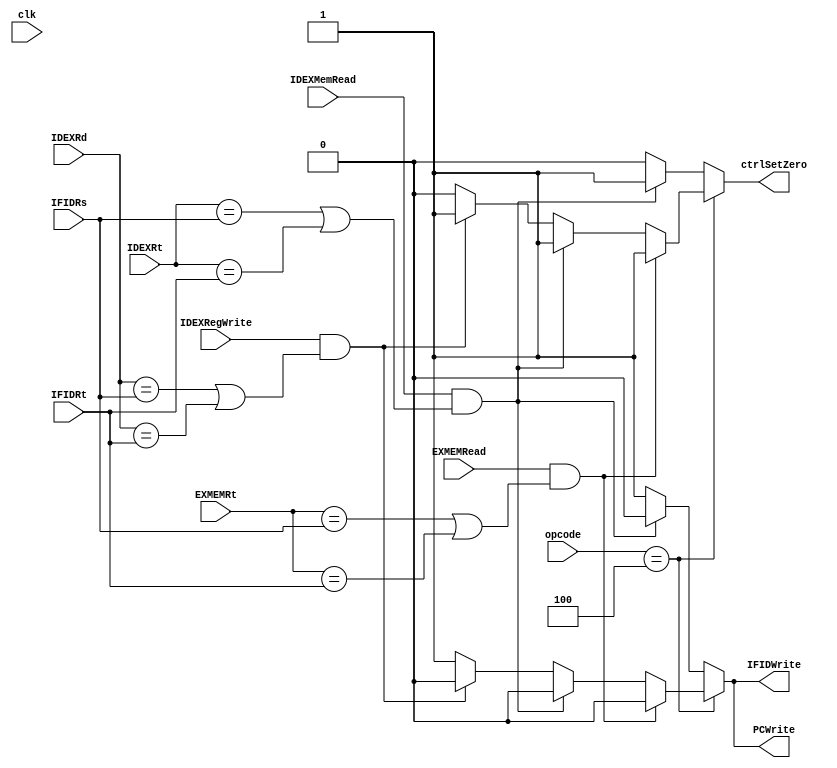
module HazardCheckUnit(IDEXMemRead,IDEXRt,IFIDRs,IFIDRt,PCWrite,IFIDWrite,ctrlSetZero,IDEXRd,IDEXRegWrite,opcode,EXMEMRead,EXMEMRt,clk);
	input[4:0] IDEXRt,IFIDRt,IFIDRs,IDEXRd,EXMEMRt;
	input IDEXMemRead,IDEXRegWrite,EXMEMRead;
	input[5:0] opcode;
	input clk;
	output PCWrite,IFIDWrite,ctrlSetZero;
	reg PCWrite,IFIDWrite,ctrlSetZero;

	initial
	begin
		PCWrite<=1;
		IFIDWrite<=1;
		ctrlSetZero<=0;
	end
	always @(opcode or IDEXMemRead or IDEXRt or IFIDRs or IFIDRt or IDEXRd or IDEXRegWrite or  clk) begin
		if(opcode==6'b000100)begin
			if(IDEXMemRead && ((IDEXRt==IFIDRs) || (IDEXRt==IFIDRt))) begin//beq,lw,stall 2 clks
				PCWrite<=0;
				IFIDWrite<=0;
				ctrlSetZero<=1;
			end
			else if(IDEXRegWrite && ((IDEXRd==IFIDRs) || (IDEXRd==IFIDRt)))begin//beq,R,stall 1 clk
				PCWrite<=0;
				IFIDWrite<=0;
				ctrlSetZero<=1;
			end
			else begin
				PCWrite<=1;
				IFIDWrite<=1;
				ctrlSetZero<=0;
			end
			if(EXMEMRead && ((EXMEMRt==IFIDRs) || (EXMEMRt==IFIDRt)))begin
				PCWrite<=0;
				IFIDWrite<=0;
				ctrlSetZero<=1;
			end
		end
		else begin
			if(IDEXMemRead && ((IDEXRt==IFIDRs) || (IDEXRt==IFIDRt))) begin//R,lw,stall 1 clk
				PCWrite<=0;
				IFIDWrite<=0;
				ctrlSetZero<=1;
			end
			else begin
				PCWrite<=1;
				IFIDWrite<=1;
				ctrlSetZero<=0;
			end
		end
				
	end
endmodule